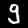
Label: 9